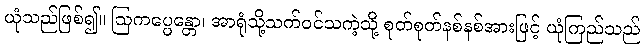
ယုံသည်ဖြစ်၍။ ဩကပ္ပေန္တော၊ အာရုံသို့သက်ဝင်သကဲ့သို့ စုတ်စုတ်နစ်နစ်အားဖြင့် ယုံကြည်သည်